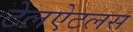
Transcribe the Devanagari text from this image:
टेलऐटलस